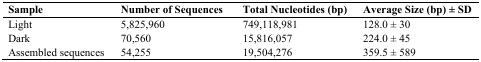
<table><thead><tr><td><b>Sample</b></td><td><b>Number of Sequences</b></td><td><b>Total Nucleotides (bp)</b></td><td><b>Average Size (bp) ± SD</b></td></tr></thead><tbody><tr><td>Light</td><td>5,825,960</td><td>749,118,981</td><td>128.0 ± 30</td></tr><tr><td>Dark</td><td>70,560</td><td>15,816,057</td><td>224.0 ± 45</td></tr><tr><td>Assembled sequences</td><td>54,255</td><td>19,504,276</td><td>359.5 ± 589</td></tr></tbody></table>